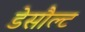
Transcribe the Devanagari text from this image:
डेसौल्ट